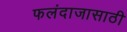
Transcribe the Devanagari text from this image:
फलंदाजासाठी